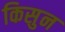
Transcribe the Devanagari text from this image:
किसुन